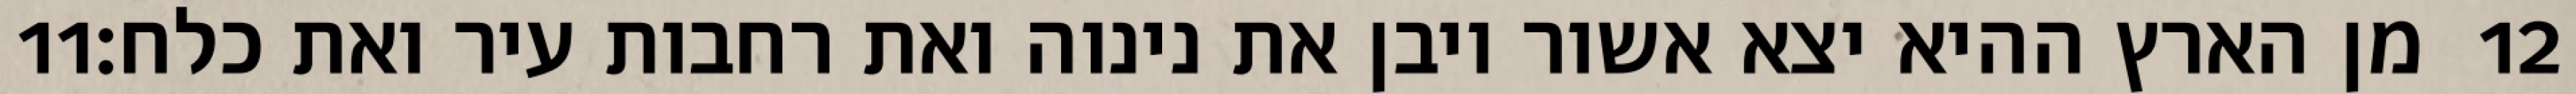
‎11‏ מן הארץ ההיא יצא אשור ויבן את נינוה ואת רחבות עיר ואת כלח׃ ‎12‏